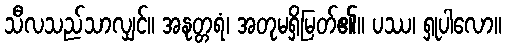
သီလသည်သာလျှင်။ အနုတ္တရံ၊ အတုမရှိမြတ်၏။ ပဿ၊ ရှုပါလော။